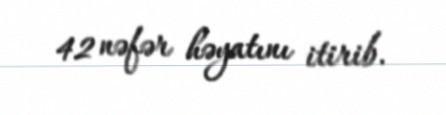
42 nəfər həyatını itirib.